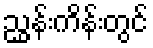
ညွှန်းကိန်းတွင်